Lunatic asylums Central Provinces reports 1874-1885 - 1874-1885
Year: 1874
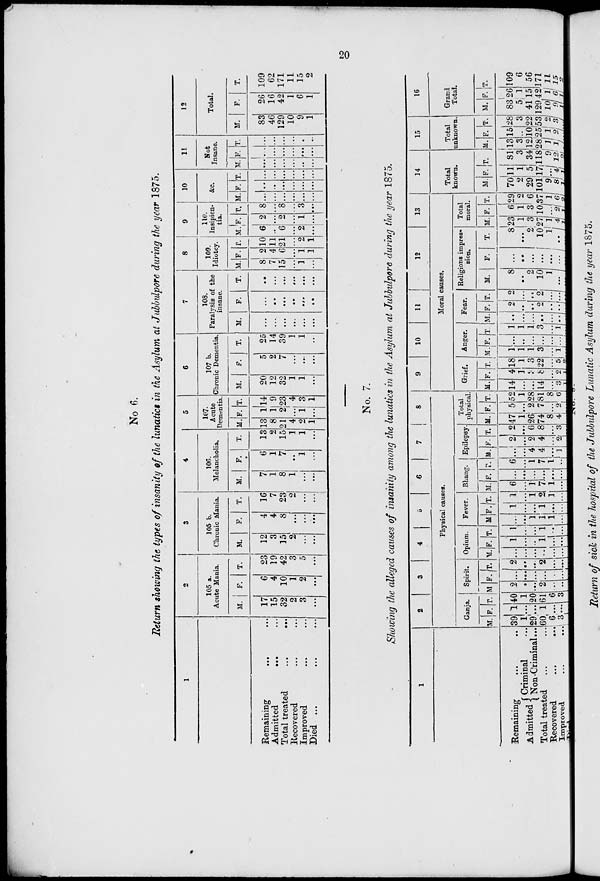
20
No 6.
Return showing the types of insanity of the lunatics in the Asylum at Jubbulpore during the year 1875.
1
Remaining ... ...
Admitted
...
...
Total treated
...
...
Recovered ... ...
Improved ... ...
Died ... ... ...
2
105 a.
Acute Mania.
M.
17
15
32
2
3
...
F.
6
4
10
1
2
...
T.
23
19
42
3
5
...
3
105 b.
Chronic Mania.
M.
12
3
15
2
...
...
F.
4
4
8
...
...
...
T.
16
7
23
2
...
...
4
106.
Melancholia.
M.
7
1
8
1
...
...
F.
6
1
7
...
1
...
T.
13
2
15
1
1
...
5
107.
Acute
Dementia.
M.
13
8
21
4
2
1
F.
1
1
2
...
1
...
T.
14
9
23
4
3
1
6
107 b.
Chronic Dementia.
M.
20
12
32
1
1
...
F.
5
2
7
...
...
...
T.
25
14
39
1
1
...
7
108.
Paralysis of the
insane.
M.
...
...
...
...
...
...
F.
...
...
...
...
...
...
T.
...
...
...
...
...
...
8
109.
Idiotcy.
M.
8
7
15
...
1
...
F.
2
4
6
...
1
1
T.
10
11
21
...
2
1
9
110.
Insipien-
tia.
M.
6
...
6
...
2
...
F.
2
...
2
...
1
...
T.
8
...
8
...
3
...
10
&c.
M.
...
...
...
...
...
...
F.
...
...
...
...
...
...
T.
...
...
...
...
...
...
11
Not
Insane.
M.
...
...
...
...
...
...
F.
...
...
...
...
...
...
T.
...
...
...
...
...
...
12
Total.
M.
83
46
129
10
9
1
F.
26
16
42
1
6
1
T.
109
62
171
11
15
2
No. 7.
Showing the alleged causes of insanity among the lunatics in the Asylum at Jubbulpore during the year 1875.
1
Remaining ... ...
Admitted
Criminal ...
Non-Criminal ...
Total treated ... ...
Recovered
...
...
Improved ... ...
Died ... ... ...
2
3
4
5
6
7
8
Physical causes.
Ganja.
M.
39
1
29
60
6
3
...
F.
1
...
...
1
...
...
...
T.
40
1
20
61
6
3
...
Spirit.
M.
2
...
...
2
...
...
...
F.
...
...
...
...
...
...
...
T.
2
...
...
2
...
...
...
Opium.
M.
...
...
...
...
...
...
...
F.
1
...
...
1
...
...
...
T.
1
...
...
1
...
...
...
Fever.
M
...
...
1
1
1
...
...
F.
1
...
...
1
...
...
...
T.
1
...
1
2
1
...
...
Bhang.
M.
6
...
1
7
1
...
...
F.
...
...
...
...
...
...
...
T.
6
...
1
7
1
...
...
Epilepsy.
M.
...
...
4
4
...
1
...
F.
2
...
2
4
...
2 ...
T.
2
...
6
8
...
3
...
Total
physical.
M.
47
1
26
74
8
4
...
F.
5
...
2
7
...
2
...
T.
52
1
28
81
8
6
...
9
10
11
12
13
Moral causes.
Grief.
M.
14
...
...
14
...
3
1
F.
4
1
3
8
...
2
1
T.
18
1
3
22
...
5
2
Anger.
M.
1
1
1
3
...
1
...
F.
...
...
...
...
...
...
...
T.
1
1
1
3
...
1
...
Fear.
M.
...
...
...
...
...
...
...
F.
2
...
...
2
...
... ...
T.
2
...
...
2
...
...
...
Religions impres-
sion.
M.
8
...
2
10
1
...
...
F.
...
...
...
...
...
...
...
T.
8
...
2
10
1
... ...
Total
moral.
M.
23
1
3
27
1
4
1
F.
6
1
3
10
...
2
1
T.
29
2
6
37
1
6
2
14
Total
known.
M.
70
2
29
101
9
8
1
F.
11
1
5
17
...
4
1
T.
81
3
34
118
9
12
2
15
Total
unknown.
M.
13
3
12
28
1
1
...
F.
15
...
10
25
1
2
...
T.
28
3
22
53
2
3
...
16
Grand
Total.
M.
83
5
41
129
10
9 1
F.
26
1
15
42
1
6 1
T.
109
6
56
171
11
15
2